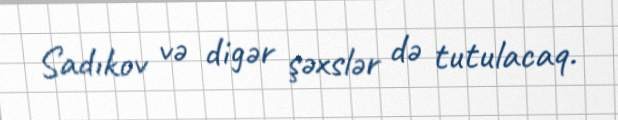
Sadıkov və digər şəxslər də tutulacaq.